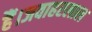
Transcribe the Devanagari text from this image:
हैं।जवाहरलाल